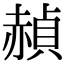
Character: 赬